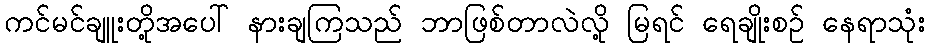
ကင်မင်ချူးတို့အပေါ် နားချကြသည် ဘာဖြစ်တာလဲလို့ မြရင် ရေချိုးစဉ် နေရာသုံး